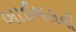
બાઈબલની